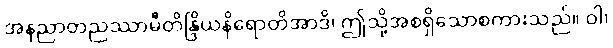
အနညာတညဿာမီတိန္ဒြိယနိရောတိအာဒိ၊ ဤသို့အစရှိသောစကားသည်။ ဝါ၊